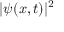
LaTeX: | \psi ( x , t ) | ^ { 2 }